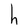
Character: h